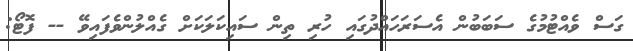
ގަސް ވެއްޓުމުގެ ސަބަބުން އެސަރަހައްދުގައި ހުރި ތިން ސައިކަލަކަށް ގެއްލުންވެފައިވޭ -- ފޮޓޯ: